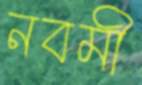
নবমী